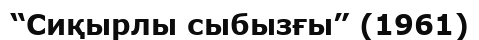
“Сиқырлы сыбызғы” (1961)